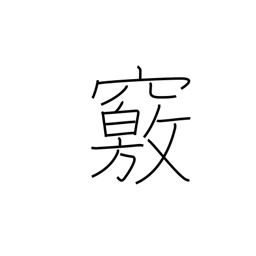
Meaning: cave